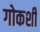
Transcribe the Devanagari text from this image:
गोकशी